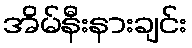
အိမ်နီးနားချင်း